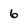
Character: 6